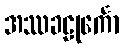
အဿခဠုင်္ကော